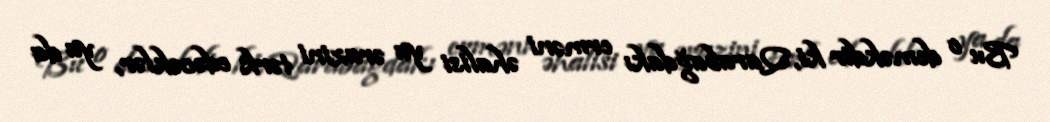
Bu o deməkdir ki, Qarabağdakı erməni əhalisi ya ərazini tərk edəcəklər, ya da